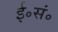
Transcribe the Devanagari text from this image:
ई॰सं॰